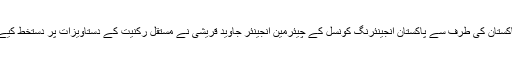
پاکستان کی طرف سے پاکستان انجینئرنگ کونسل کے چیئرمین انجینئر جاوید قریشی نے مستقل رکنیت کے دستاویزات پر دستخط کیے۔